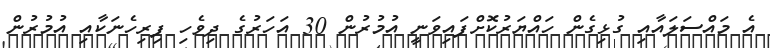
އެ މައްސަލައާއި ގުޅިގެން ހައްޔަރުކޮށްފައިވަނީ އުމުރުން 30 އަހަރުގެ ދިވެހި ފިރިހެނަކާއި އުމުރުން